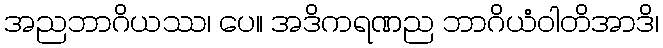
အညဘာဂိယဿ၊ ပေ။ အဒိကရဏည ဘာဂိယံဝါတိအာဒိ၊